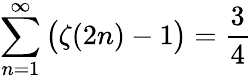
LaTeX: \sum_{n=1}^{\infty}{\bigl(}\zeta(2n)-1{\bigr)}={\frac{3}{4}}